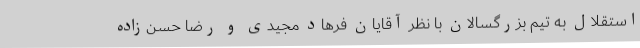
استقلال به تیم بزرگسالان با نظر آقایان فرهاد مجیدی و رضا حسن‌زاده